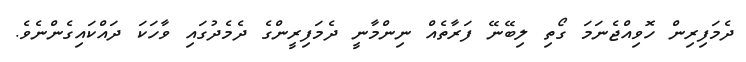
ދެމަފިރިން ހޮވިއްޖެނަމަ ގޯތި ލިބޭނޭ ފަރާތެއް ނިންމާނީ ދެމަފިރީންގެ ދެމެދުގައި ވާހަކަ ދައްކައިގެންނެވެ.